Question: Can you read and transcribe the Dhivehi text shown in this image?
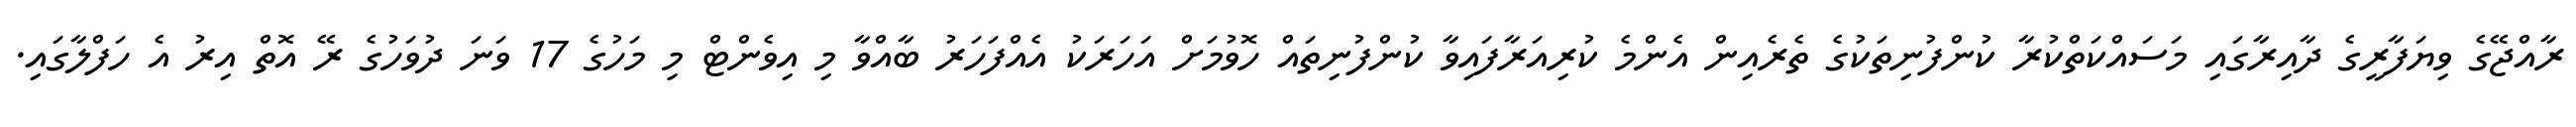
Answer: ރާއްޖޭގެ ވިޔަފާރީގެ ދާއިރާގައި މަސައްކަތްކުރާ ކުންފުނިތަކުގެ ތެރެއިން އެންމެ ކުރިއަރާފައިވާ ކުންފުނިތައް ހޮވުމަށް އަހަރަކު އެއްފަހަރު ބާއްވާ މި އިވެންޓް މި މަހުގެ 17 ވަނަ ދުވަހުގެ ރޭ އޮތް އިރު އެ ހަފްލާގައި.